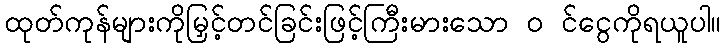
ထုတ်ကုန်များကိုမြှင့်တင်ခြင်းဖြင့်ကြီးမားသော ၀ င်ငွေကိုရယူပါ။